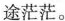
途茫茫。